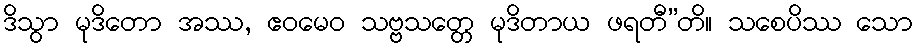
ဒိသွာ မုဒိတော အဿ, ဧဝမေဝ သဗ္ဗသတ္တေ မုဒိတာယ ဖရတီ”တိ။ သစေပိဿ သော